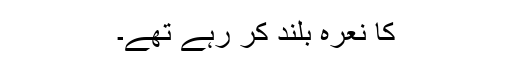
کا نعرہ بلند کر رہے تھے۔